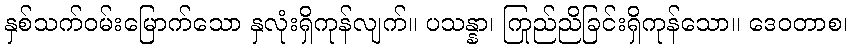
နှစ်သက်ဝမ်းမြောက်သော နှလုံးရှိကုန်လျက်။ ပသန္နာ၊ ကြည်ညိုခြင်းရှိကုန်သော။ ဒေဝတာစ၊